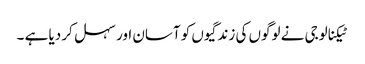
ٹیکنالوجی نے لوگوں کی زندگیوں کو آسان اور سہل کر دیا ہے ۔